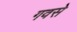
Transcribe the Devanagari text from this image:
गवसे